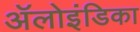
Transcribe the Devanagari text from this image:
ॲलोइंडिका